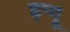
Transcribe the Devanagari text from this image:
हन्गू